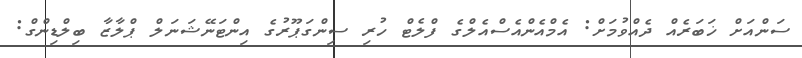
ސަންއަށް ޚަބަރެއް ދެއްވުމަށް: އެމްއެންއެސްއެލްގެ ފްލެޓް ހުރި ސިންގަޕޫރުގެ އިންޓަނޭޝަނަލް ޕްލާޒާ ބިލްޑިންގް: